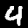
Digit: 4